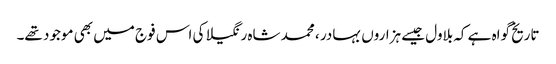
تاریخ گواہ ہے کہ بلاول جیسے ہزاروں بہادر ، محمد شاہ رنگیلا کی اس فوج میں بھی موجود تھے۔